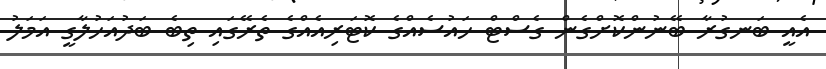
އެއީ ބަނގުރާ ބޭނުންކޮށްގެން ގެސްޓް ހައުސެއްގެ ކޮޓަރިއެއްގެ ތެރޭގައި ތިބެ ބަދުއަހުލާގީ އަމަލު